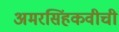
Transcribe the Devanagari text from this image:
अमरसिंहकवीची